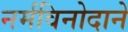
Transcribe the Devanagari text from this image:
नर्मविनोदाने